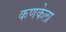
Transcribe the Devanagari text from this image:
कणकेला